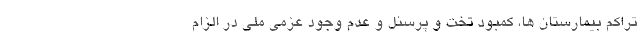
تراکم بیمارستان ها، کمبود تخت و پرسنل و عدم وجود عزمی ملی در الزام